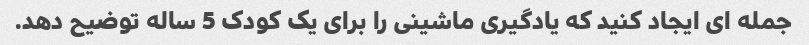
جمله ای ایجاد کنید که یادگیری ماشینی را برای یک کودک 5 ساله توضیح دهد.